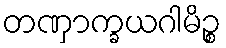
တဏှာက္ခယဂါမိဉ္စ